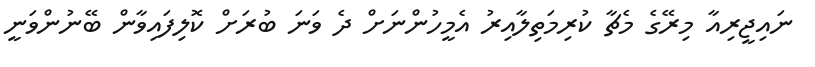
ނައިޖީރިއާ މިރޭގެ މެޗާ ކުރިމަތިލާއިރު އެމީހުންނަށް ދެ ވަނަ ބުރަށް ކޮލިފައިވާން ބޭނުންވަނީ